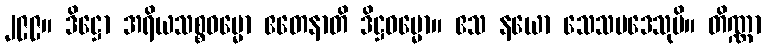
၂၉၉။ ဒိဋ္ဌော အရိယသစ္စဓမ္မော ဧတေနာတိ ဒိဋ္ဌဓမ္မော။ ဧသ နယော သေသပဒေသုပိ။ တိဏ္ဏာ